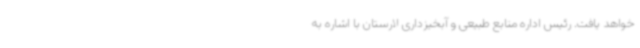
خواهد یافت. رئیس اداره منابع طبیعی و آبخیزداری لارستان با اشاره به